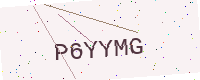
Text: P6YYMG